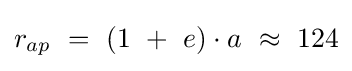
{\begin{matrix}r_{ap}\ =\ (1\ +\ e)\cdot a\ \approx \ 124\end{matrix}}